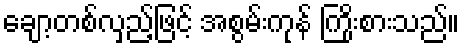
ချော့တစ်လှည့်ဖြင့် အစွမ်းကုန် ကြိုးစားသည်။